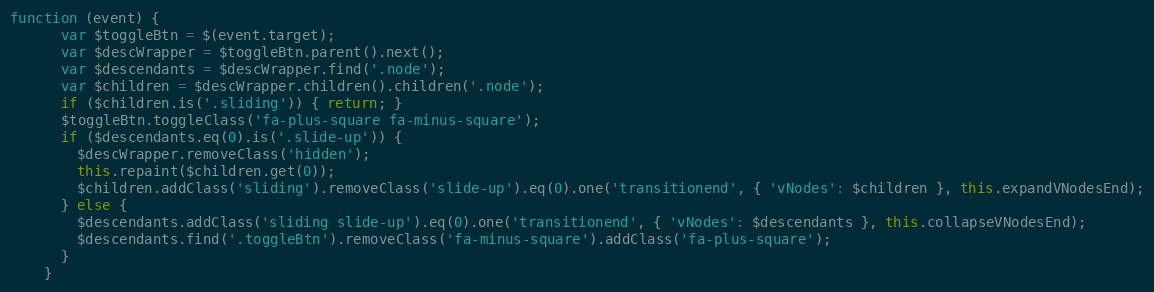
Language: JavaScript
function (event) {
      var $toggleBtn = $(event.target);
      var $descWrapper = $toggleBtn.parent().next();
      var $descendants = $descWrapper.find('.node');
      var $children = $descWrapper.children().children('.node');
      if ($children.is('.sliding')) { return; }
      $toggleBtn.toggleClass('fa-plus-square fa-minus-square');
      if ($descendants.eq(0).is('.slide-up')) {
        $descWrapper.removeClass('hidden');
        this.repaint($children.get(0));
        $children.addClass('sliding').removeClass('slide-up').eq(0).one('transitionend', { 'vNodes': $children }, this.expandVNodesEnd);
      } else {
        $descendants.addClass('sliding slide-up').eq(0).one('transitionend', { 'vNodes': $descendants }, this.collapseVNodesEnd);
        $descendants.find('.toggleBtn').removeClass('fa-minus-square').addClass('fa-plus-square');
      }
    }